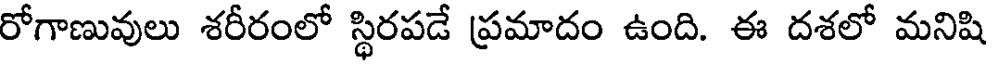
రోగాణువులు శరీరంలో స్థిరపడే ప్రమాదం ఉంది. ఈ దశలో మనిషి